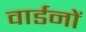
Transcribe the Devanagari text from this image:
वार्डनों